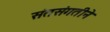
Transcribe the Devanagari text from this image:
संतसंगतीने